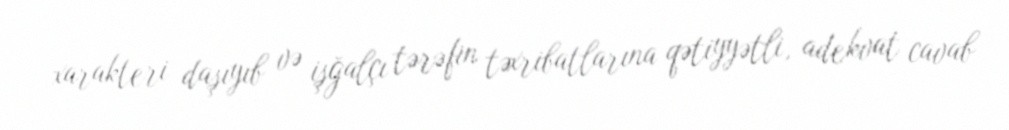
xarakteri daşıyıb və işğalçı tərəfin təxribatlarına qətiyyətli, adekvat cavab